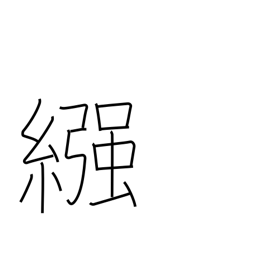
Meaning: nappy